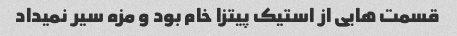
قسمت هایی از استیک پیتزا خام بود و مزه سیر نمیداد